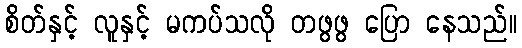
စိတ်နှင့် လူနှင့် မကပ်သလို တဖွဖွ ပြော နေသည်။